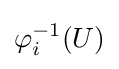
\varphi _{i}^{-1}(U)